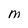
Character: M